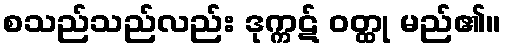
စသည်သည်လည်း ဒုက္ကဋ် ဝတ္ထု မည်၏။